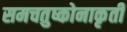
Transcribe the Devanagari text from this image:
समचतुष्कोनाकृती